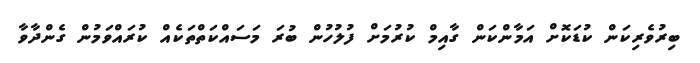
ބިރުވެރިކަން ކުޑަކޮށް އަމާންކަން ގާއިމް ކުރުމަށް ފުލުހުންް ބުރަ މަސައްކަތްތަކެއް ކުރައްވަމުން ގެންދާވާ